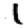
Digit: 1